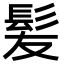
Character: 髪